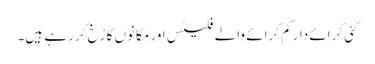
کئی کرائے دار کم کرائے والے فلیٹس اور مکانوں کا رْخ کر رہے ہیں۔